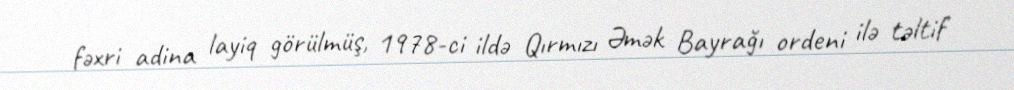
fəxri adina layiq görülmüş, 1978-ci ildə Qırmızı Əmək Bayrağı ordeni ilə təltif